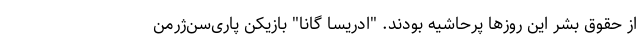
از حقوق بشر این روزها پرحاشیه بودند. "ادریسا گانا" بازیکن پاری‌سن‌ژرمن